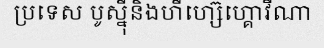
ប្រទេស បូស្ន៊ីនិងហឺហ្ស៊េហ្គោវីណា